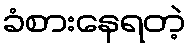
ခံစားနေရတဲ့